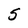
Character: 5